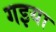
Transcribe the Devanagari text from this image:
गइया